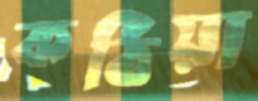
কঠিয়া